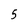
Character: 5